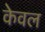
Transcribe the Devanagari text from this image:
केेवल